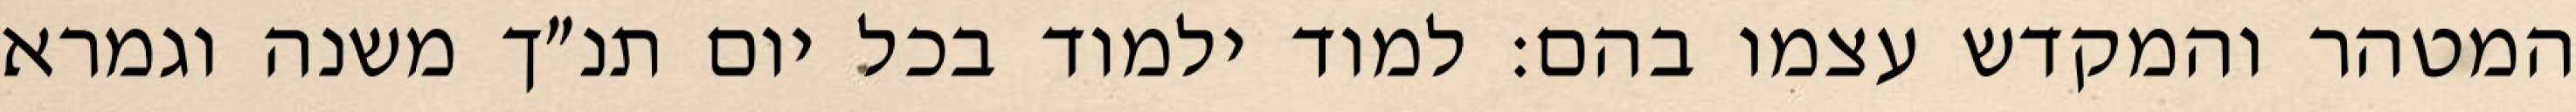
המטהר והמקדש עצמו בהם: למוד ילמוד בכל יום תנ״ך משנה וגמרא